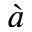
\grave { a }